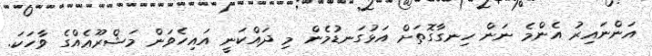
އަންނައިރު އެންމެ ނަން ހިނގާގޮތަށް އަޅުގަނޑުމެން މި ދައްކަނީ އައިހެވަން މަޝްރޫޢެއްގެ ވާހަކަ.